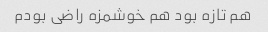
هم تازه بود هم خوشمزه راضی بودم